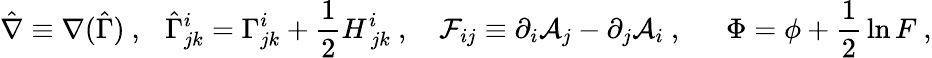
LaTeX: \hat{\nabla}\equiv\nabla(\hat{\Gamma})\ ,\ \ \ \hat{\Gamma}_{jk}^{i}=\Gamma_{jk}^{i}+{\frac{1}{2}}H_{\ jk}^{i}\ ,\ \ \ \ {\cal F}_{ij}\equiv\partial_{i}{\cal A}_{j}-\partial_{j}{\cal A}_{i}\ ,\ \ \ \ \ \ \Phi=\phi+{\frac{1}{2}}\ln F\ ,